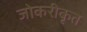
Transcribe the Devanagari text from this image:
जोकरीकृत